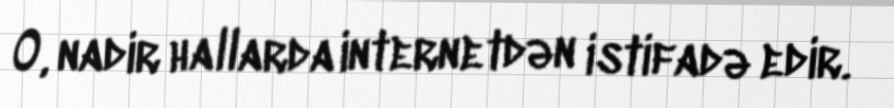
O, nadir hallarda internetdən istifadə edir.